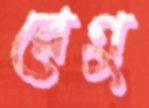
রেণু